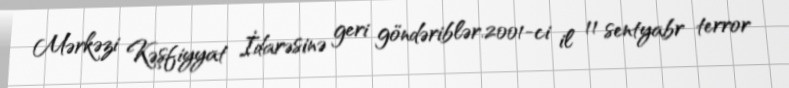
Mərkəzi Kəşfiyyat İdarəsinə geri göndəriblər.2001-ci il 11 sentyabr terror